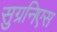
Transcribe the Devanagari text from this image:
सुग्रनिएस